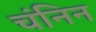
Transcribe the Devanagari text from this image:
चंनिन